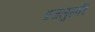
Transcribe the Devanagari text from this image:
प्रजलुस्की